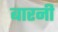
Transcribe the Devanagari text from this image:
बारनी